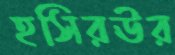
হসিরঊর